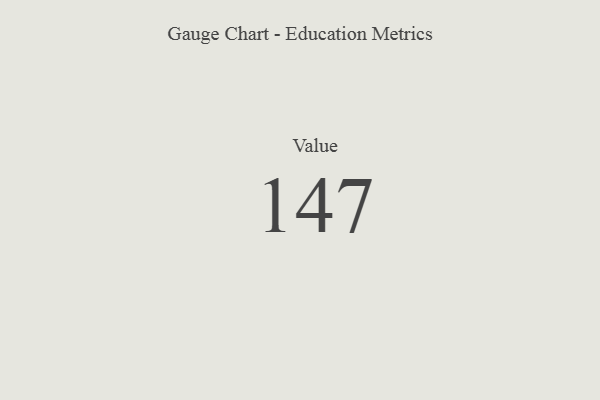
{"axis": {"x": "Metric", "y": "Value"}, "legend": [""], "data": [{"x": "Value", "y": 147, "type": ""}]}